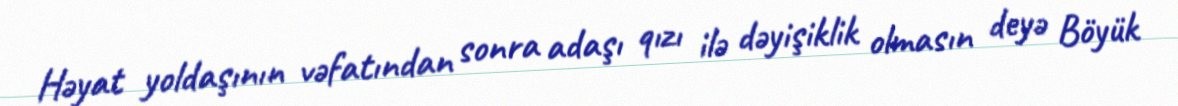
Həyat yoldaşının vəfatından sonra adaşı qızı ilə dəyişiklik olmasın deyə Böyük